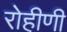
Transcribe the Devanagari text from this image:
रोहीणी